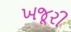
ખજૂરી